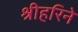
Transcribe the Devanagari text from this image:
श्रीहरिने